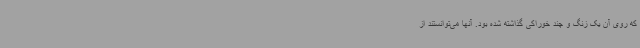
که روی آن یک زنگ و چند خوراکی گذاشته شده بود. آنها می‌توانستند از